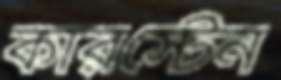
কারস্টেন